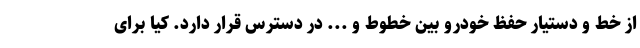
از خط و دستیار حفظ خودرو بین خطوط و ... در دسترس قرار دارد. کیا برای